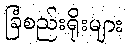
ခြံစည်းရိုးများ